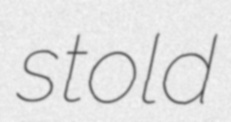
stold